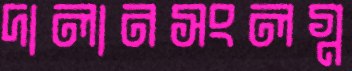
দালানসংলগ্ন